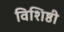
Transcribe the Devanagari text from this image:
विशिष्ठी